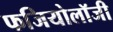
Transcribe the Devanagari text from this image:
फजियोलॉजी